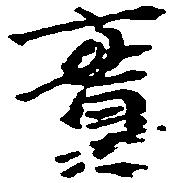
実